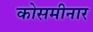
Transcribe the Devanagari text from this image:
कोसमीनार